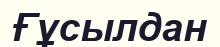
Ғұсылдан